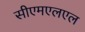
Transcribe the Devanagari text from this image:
सीएमएलएल